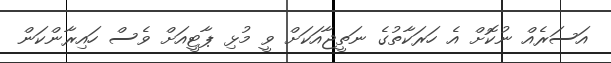
އަސަރެއް ނުކޮށް އެ ހަރަކާތުގެ ނަތީޖާއަކަށް ވީ މުޅި ޕާޓީއަށް ވެސް ހައިރާންކަން